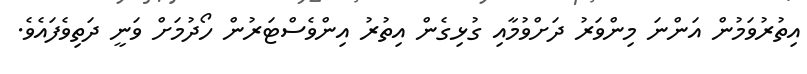
އިތުރުވަމުން އަންނަ މިންވަރު ދަށްވުމާއި ގުޅިގެން އިތުރު އިންވެސްޓަރުން ހޯދުމަށް ވަނީ ދަތިވެފައެވެ.